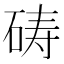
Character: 𪿞